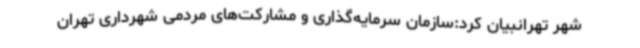
شهر تهرانبیان کرد:سازمان سرمایه‌گذاری و مشارکت‌های مردمی شهرداری تهران